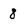
Character: 8